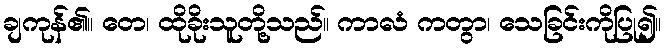
ချကုန်၏။ တေ၊ ထိုခိုးသူတို့သည်။ ကာလံ ကတွာ၊ သေခြင်းကိုပြု၍။